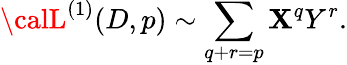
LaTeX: {\calL}^{(1)}(D,p)\sim\sum_{q+r=p}\mathbf{X}^{q}Y^{r}.